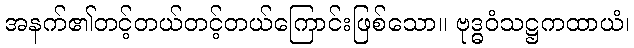
အနက်၏တင့်တယ်တင့်တယ်ကြောင်းဖြစ်သော။ ဗုဒ္ဓဝံသဋ္ဌကထာယံ၊